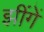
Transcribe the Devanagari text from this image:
झींगें